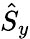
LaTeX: \hat{S}_{y}